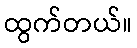
ထွက်တယ်။